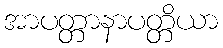
အာပတ္တာနာပတ္တိယာ